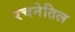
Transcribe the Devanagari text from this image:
रचनेतिल